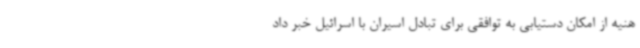
هنیه از امکان دستیابی به توافقی برای تبادل اسیران با اسرائیل خبر داد